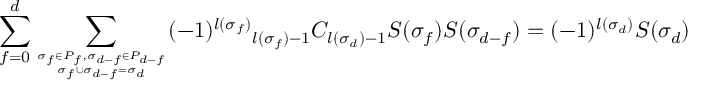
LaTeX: \sum _ { f = 0 } ^ { d } \sum _ { { \sigma _ { f } \in P _ { f } , \sigma _ { d - f } \in P _ { d - f } } \atop { \sigma _ { f } \cup \sigma _ { d - f } = \sigma _ { d } } } ( - 1 ) ^ { l ( \sigma _ { f } ) } { } _ { l ( \sigma _ { f } ) - 1 } C _ { l ( \sigma _ { d } ) - 1 } S ( \sigma _ { f } ) S ( \sigma _ { d - f } ) = ( - 1 ) ^ { l ( \sigma _ { d } ) } S ( \sigma _ { d } )